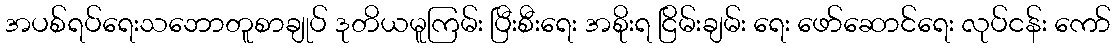
အပစ်ရပ်ရေးသဘောတူစာချုပ် ဒုတိယမူကြမ်း ပြီးစီးရေး အစိုးရ ငြိမ်းချမ်း ရေး ဖော်ဆောင်ရေး လုပ်ငန်း ကော်